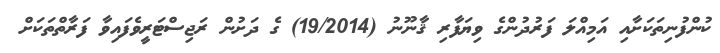
ކުންފުނިތަކަށާއި އަމިއްލަ ފަރުދުންގެ ވިޔަފާރި ޤާނޫނު (19/2014) ގެ ދަށުން ރަޖިސްޓަރީވެފައިވާ ފަރާތްތަކަށް